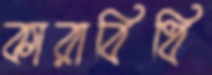
কারাবিধি